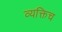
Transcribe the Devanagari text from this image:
व्यक्तिच